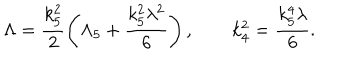
\Lambda = \frac { k _ { 5 } ^ { 2 } } 2 \left( \Lambda _ { 5 } + \frac { k _ { 5 } ^ { 2 } \lambda ^ { 2 } } 6 \right) , \qquad k _ { 4 } ^ { 2 } = \frac { k _ { 5 } ^ { 4 } \lambda } 6 .